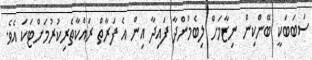
ސަބަބަކީ ބޭންކިން ނިޒާމަށް ލިބެމުންދާ ފައިދާ އިން އެ ފަރާތް ރައްކާތެރިކުރުމަށްޓަކަ އެވެ.